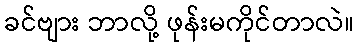
ခင်ဗျား ဘာလို့ ဖုန်းမကိုင်တာလဲ။